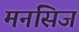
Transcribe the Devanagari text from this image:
मनसिज